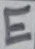
Text: E